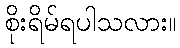
စိုးရိမ်ရပါသလား။